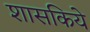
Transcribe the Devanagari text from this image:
शासकिये